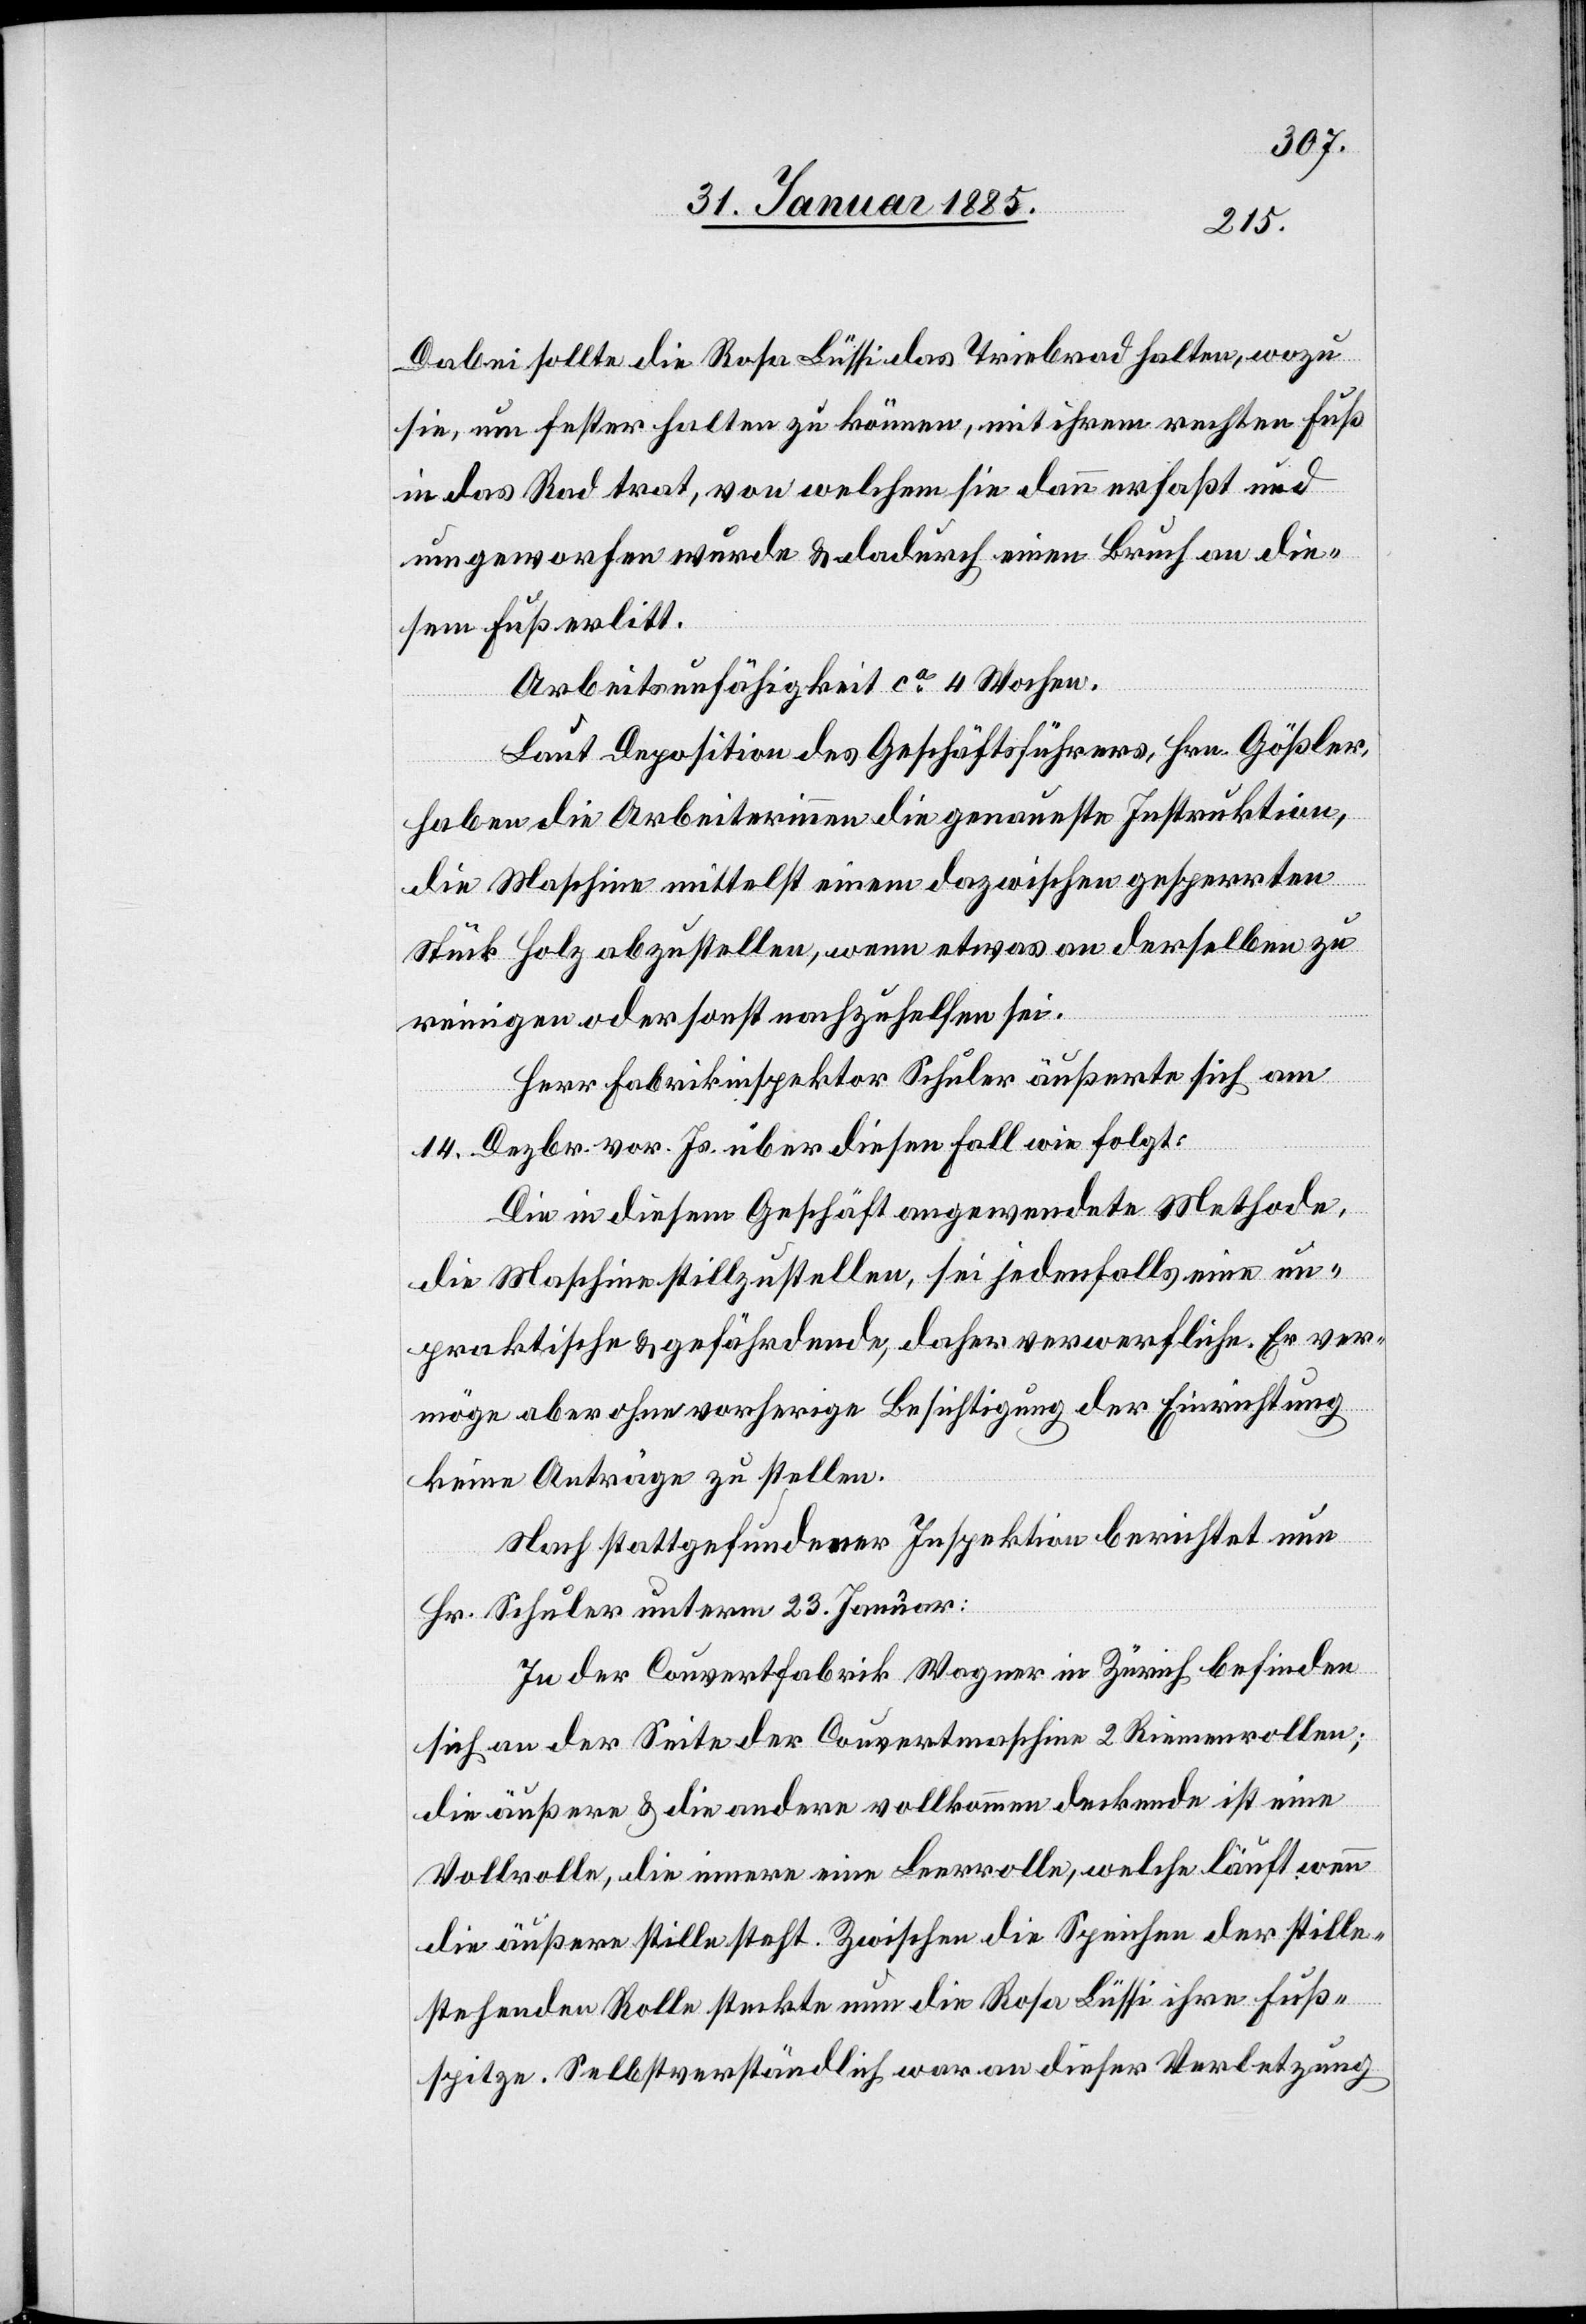
Dabei sollte die Rosa Lüssi das Triebrad halten, wozu
sie, um fester halten zu können mit ihrem rechten Fuß
in das Rad trat, von welchem sie dann erfaßt und
umgeworfen wurde & dadurch einen Bruch an die¬
sem Fuß erlitt.
Arbeitsunfähigkeit ca 4 Wochen.
Laut Deposition des Geschäftsführers, Hrn. Gößler,
haben die Arbeiterinnen die genaueste Instruktion,
die Maschine mittelst einem dazwischen gespannten
Stück Holz abzustellen, wenn etwas an derselben zu
reinigen oder sonst nachzuhelfen sei.
Herr Fabrikinspektor Schuler äußert sich am
14. Dezbr. vor Js. über diesen Fall wie folgt:
Die in diesem Geschäft angewendete Methode,
die Maschine stillzustellen, sei jedenfalls eine un¬
praktische & gefährdende, daher verwerfliche. Er ver¬
möge aber ohne vorherige Besichtigung der Einrichtung
keine Anträge zu stellen.
Nach stattgefundener Inspektion berichtet nun
Hr. Schuler unterm 23. Januar:
In der Couvertfabrik Wagner in Zürich befinden
sich an der Seite der Couvertmaschine 2 Riemenrollen;
die äußere & die andere vollkommen deckende ist eine
Vollrolle, die innere eine Leerrolle, welche läuft wenn
die äußere stille steht. Zwischen die Speichen der stille¬
stehenden Rolle steckte nun die Rosa Lüssi ihre Fuß¬
spitze. Selbstverständlich war an dieser Verletzung